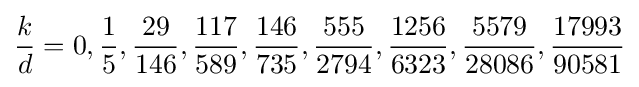
{\frac {k}{d}}=0,{\frac {1}{5}},{\frac {29}{146}},{\frac {117}{589}},{\frac {146}{735}},{\frac {555}{2794}},{\frac {1256}{6323}},{\frac {5579}{28086}},{\frac {17993}{90581}}